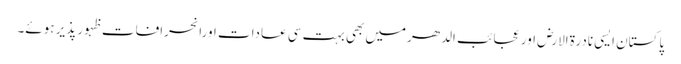
پاکستان ایسی نادرۃالارض اور عجائب الدھرمیں بھی بہت سی عادات اورانحرافات ظہور پذیر ہوئے۔